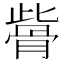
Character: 𩨱